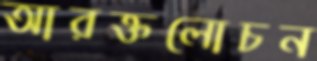
আরক্তলোচন